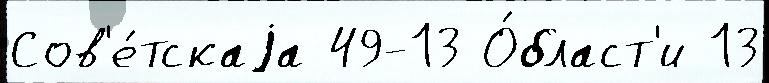
Сов'е́тскаjа 49-13 О́бласт'и 13